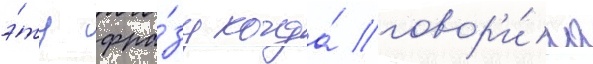
э́ту фра́зу когда́ говор'и́ла